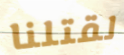
لقتلنا